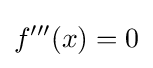
f'''(x)=0